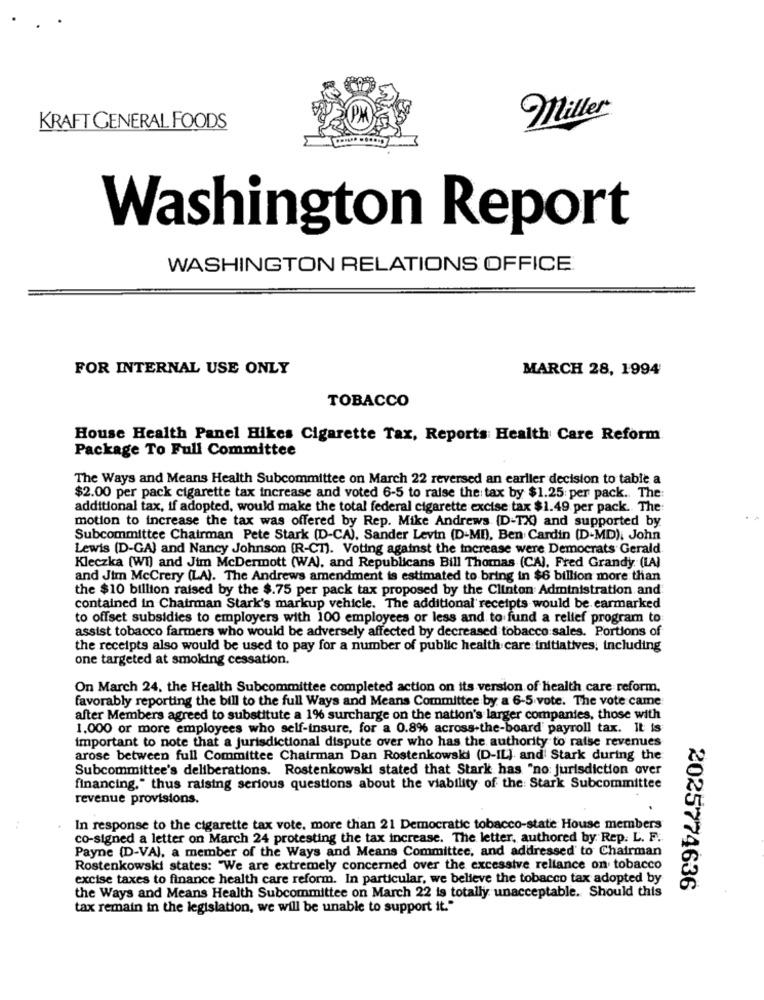
Miller
KRAFT GENERAL FOODS
Washington Report
WASHINGTON RELATIONS OFFICE
FOR INTERNAL USE ONLY
MARCH 28, 1994
TOBACCO
House Health Panel Hikes Cigarette Tax, Reports Health Care Reform
Package To Full Committee
The Ways and Means Health Subcommittee on March 22 reversed an earlier decision to table a
$2.00 per pack cigarette tax increase and voted 6-5 to raise the tax by $1.25: per pack. The
additional tax, if adopted, would make the total federal cigarette excise tax $1.49 per pack. The
motion to increase the tax was offered by Rep. Mike Andrews (D-TX) and supported by
Subcommittee Chairman Pete Stark (D-CA), Sander Levin (D-MI), Ben Cardin (D-MD), John
Lewis (D-GA) and Nancy Johnson (R-CT). Voting against the increase were Democrats Gerald
Kleczka (WI) and Jim McDermott (WA), and Republicans Bill Thomas (CA), Fred Grandy (LA)
and Jim McCrery (LA). The Andrews amendment is estimated to bring in $6 billion more than
the $10 billion raised by the $.75 per pack tax proposed by the Clinton Administration and
contained in Chairman Stark's markup vehicle. The additional receipts would be earmarked
to offset subsidies to employers with 100 employees or less and to fund a relief program to
assist tobacco farmers who would be adversely affected by decreased tobacco sales. Portions of
the receipts also would be used to pay for a number of public health care initiatives, including
one targeted at smoking cessation.
On March 24, the Health Subcommittee completed action on its version of health care reform.
favorably reporting the bill to the full Ways and Means Committee by a 6-5 vote. The vote came
after Members agreed to substitute a 1% surcharge on the nation's larger companies, those with
1.000 or more employees who self-insure, for a 0.8% across-the-board payroll tax. It is
important to note that a jurisdictional dispute over who has the authority to raise revenues
arose between full Committee Chairman Dan Rostenkowski (D-IL] and Stark during the
Subcommittee's deliberations. Rostenkowski stated that Stark has "no: jurisdiction over
financing." thus raising serious questions about the viability of the: Stark Subcommittee
revenue provisions.
In response to the cigarette tax vote. more than 21 Democratic tobacco-state House members
co-signed a letter on March 24 protesting the tax increase. The letter, authored by Rep. L. F.
Payne (D-VAJ, a member of the Ways and Means Committee, and addressed' to Chairman
Rostenkowski states: "We are extremely concerned over the excessive reliance on tobacco
excise taxes to finance health care reform. In particular, we believe the tobacco tax adopted by
the Ways and Means Health Subcommittee on March 22 is totally unacceptable. Should this
2025774636
tax remain in the legislation, we will be unable to support it."